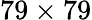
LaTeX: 79\times 79